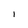
Character: l